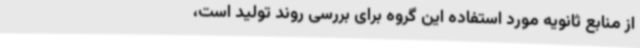
از منابع ثانویه مورد استفاده این گروه برای بررسی روند تولید است،